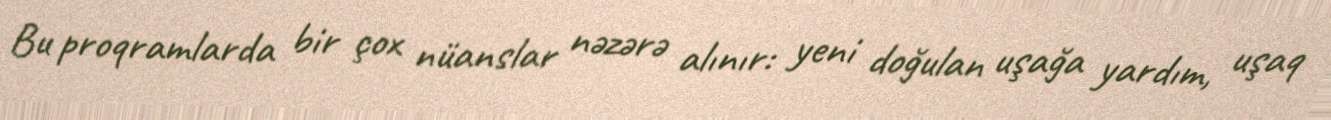
Bu proqramlarda bir çox nüanslar nəzərə alınır: yeni doğulan uşağa yardım, uşaq